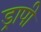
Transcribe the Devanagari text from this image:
ड्रापी